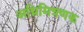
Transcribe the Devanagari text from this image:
अग्निमित्रणक